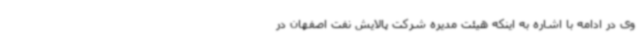
وی در ادامه با اشاره به اینکه هیئت مدیره شرکت پالایش نفت اصفهان در